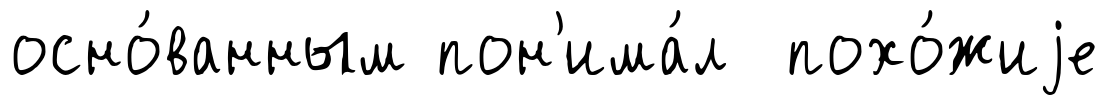
осно́ванным пон'има́л похо́жиjе